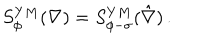
LaTeX: S _ { \phi } ^ { Y M } ( \nabla ) = S _ { \phi - \sigma } ^ { Y M } ( \hat { \nabla } ) \, .